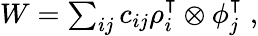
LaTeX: \begin{array}{r}{W=\sum_{ij}c_{ij}\rho_{i}^{\intercal}\otimes\phi_{j}^{\intercal}\; ,}\end{array}